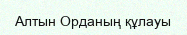
Алтын Орданың құлауы